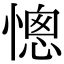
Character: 憁